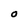
Character: O